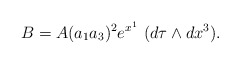
\begin{align*}B=A(a_1a_3)^2e^{x^1}\,\,(d\tau \wedge dx^3). \end{align*}